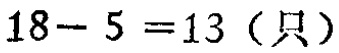
\(18 - 5 = 13\)（只）